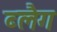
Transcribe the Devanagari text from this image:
ब्लैग